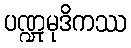
ပဏ္ဍုမုဒိကဿ